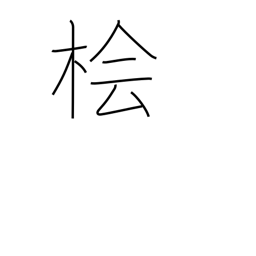
Meaning: Japanese cypress